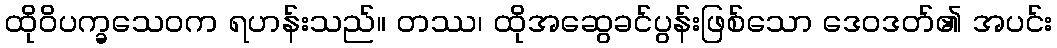
ထိုဝိပက္ခသေဝက ရဟန်းသည်။ တဿ၊ ထိုအဆွေခင်ပွန်းဖြစ်သော ဒေဝဒတ်၏ အပင်း